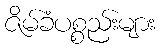
ဇိမ်ခံပစ္စည်းများ